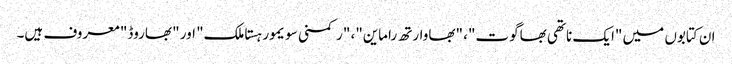
ان کتابوں میں "ایک ناتھی بھاگوت"، "بھاوارتھ راماین"، "رکمنی سویمور ہستاملک" اور "بھاروڈ" معروف ہیں۔